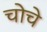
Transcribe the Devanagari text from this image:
चोचे